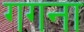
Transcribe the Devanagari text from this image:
गगना